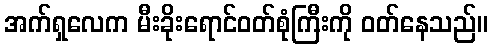
အက်ရှလေက မီးခိုးရောင်ဝတ်စုံကြီးကို ဝတ်နေသည်။